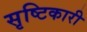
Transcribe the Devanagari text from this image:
सृष्टिकारी